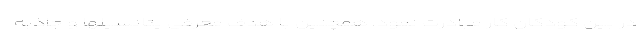
در بین کودکان کار مبادرت نمود. همچنین با هدف معرفی پتانسیلها و جاذبه